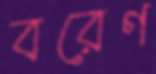
বরেণ